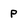
Character: p